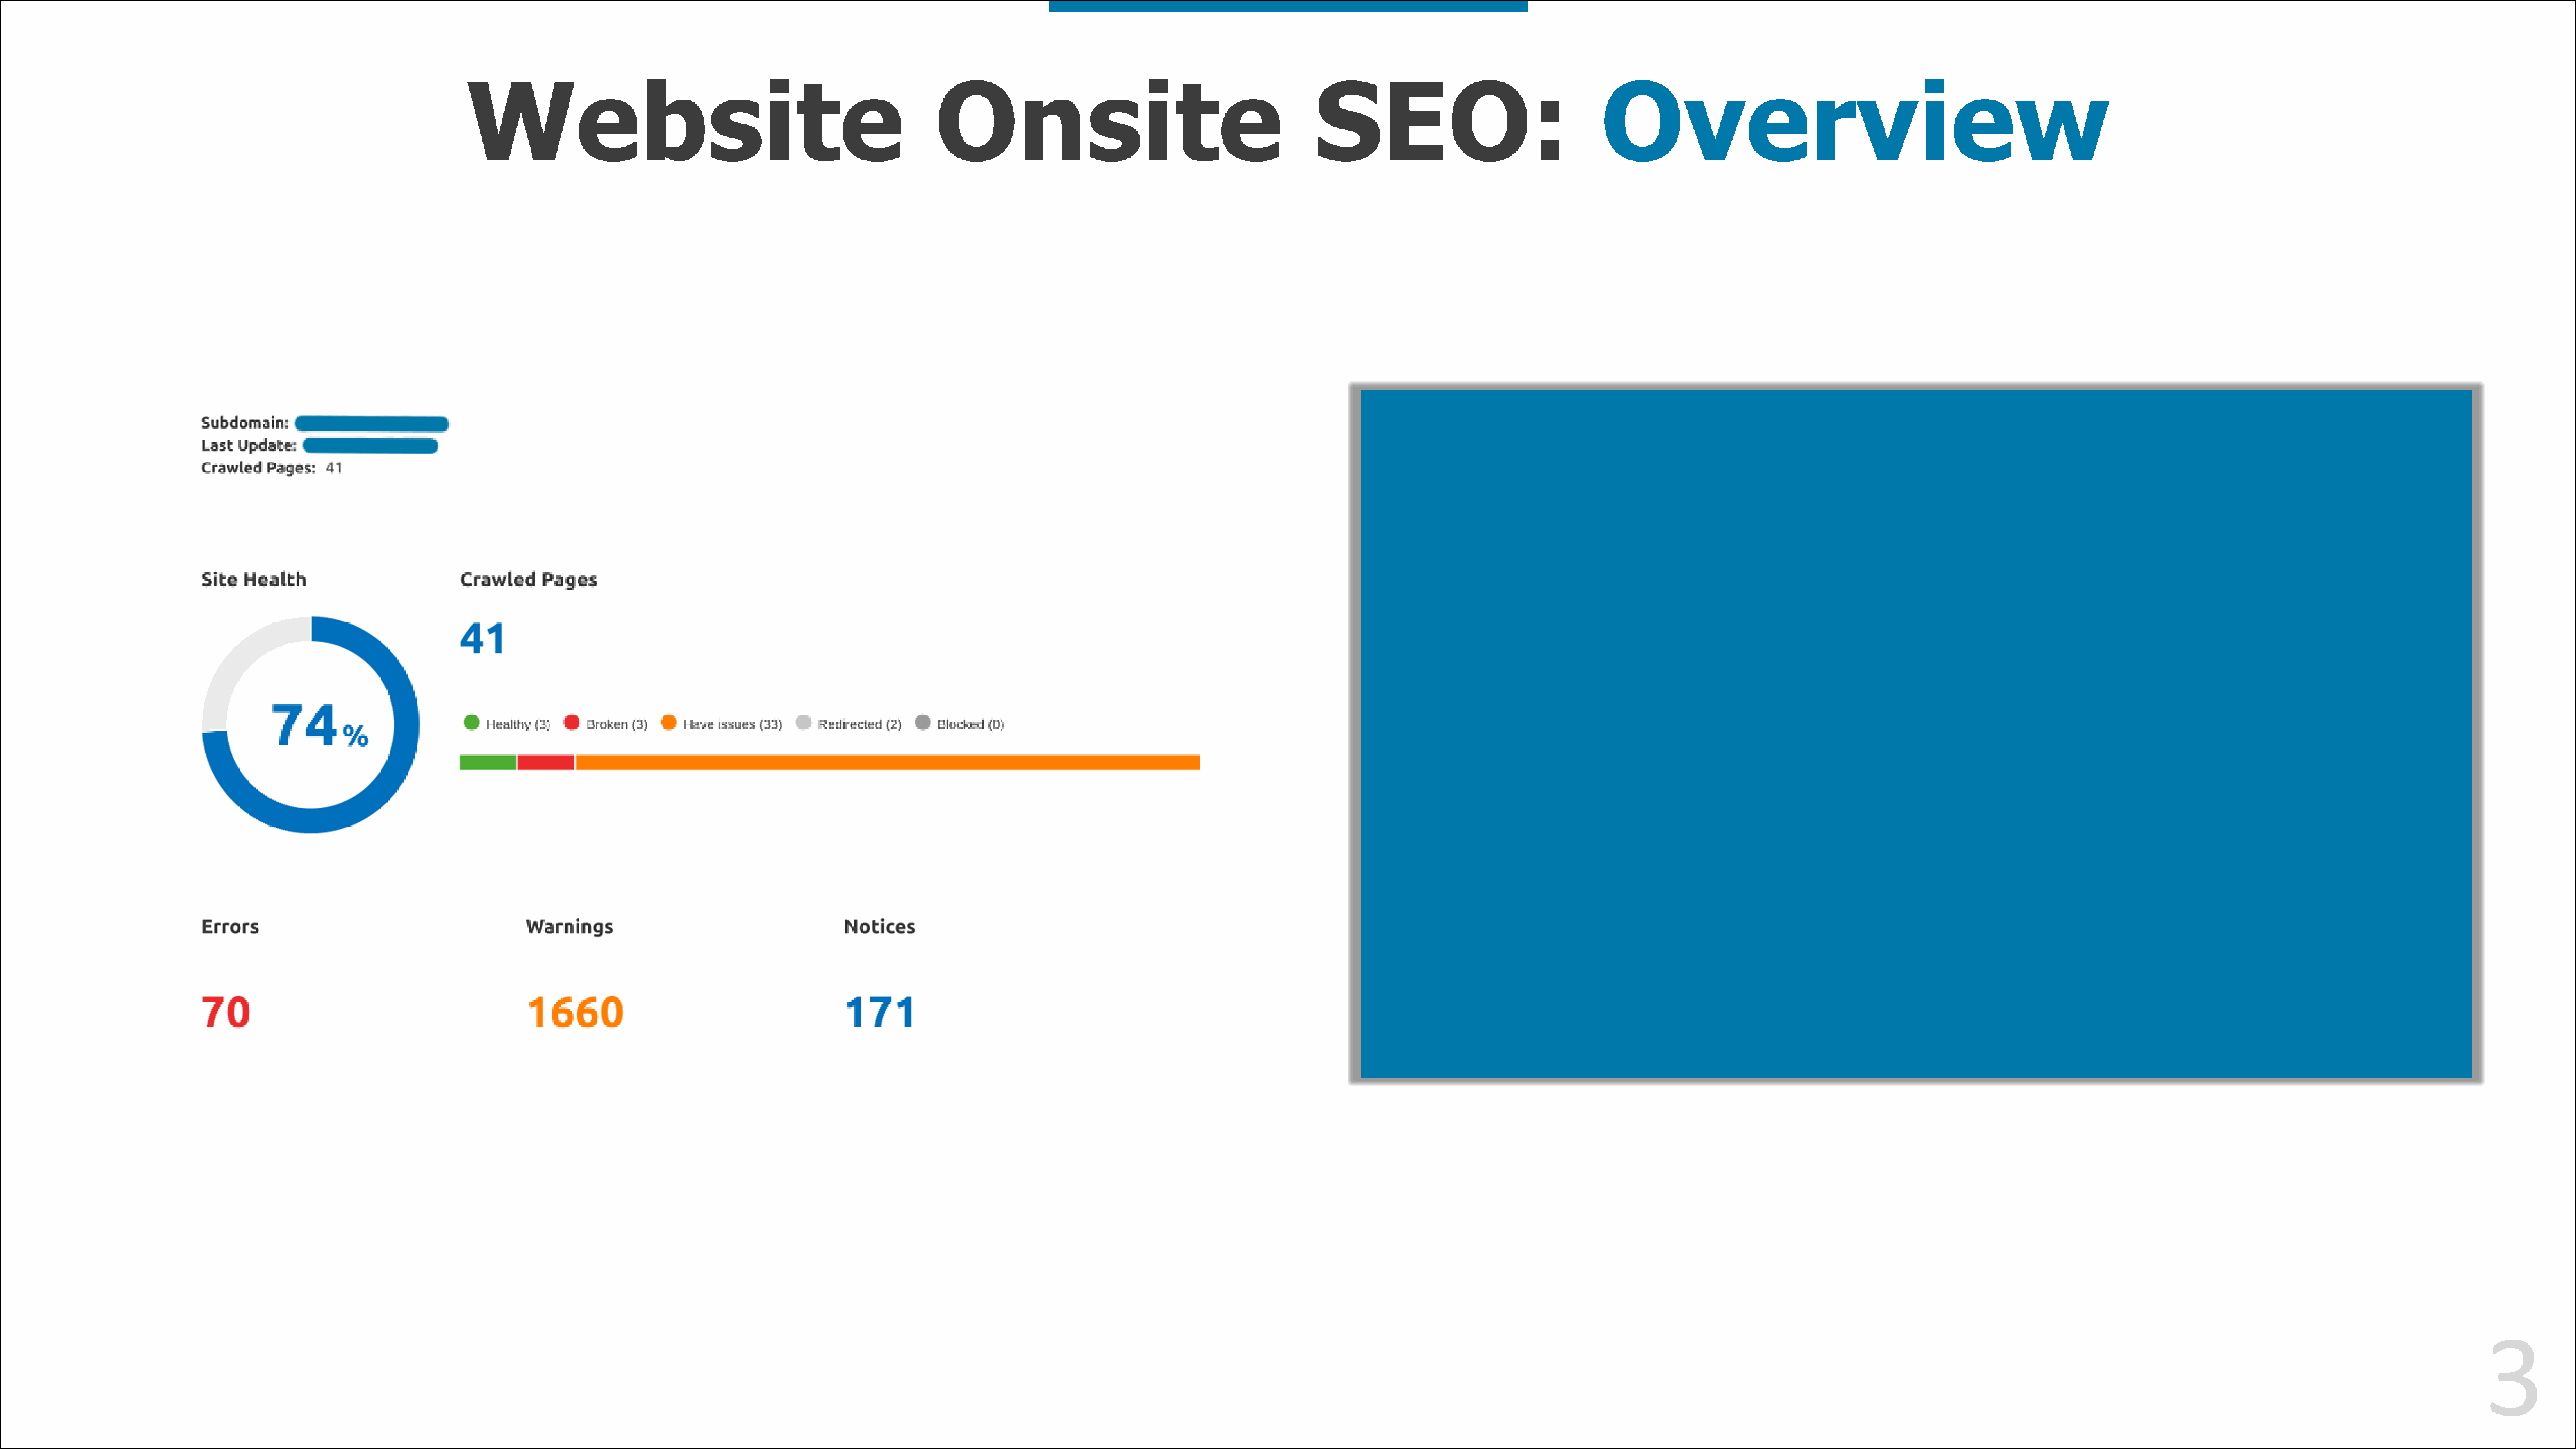
Website                                         Onsite                                 SEO:                          Overview
 3